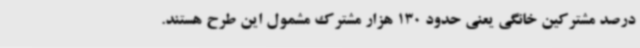
درصد مشترکین خانگی یعنی حدود 130 هزار مشترک مشمول این طرح هستند.